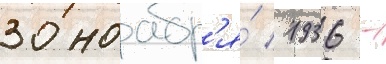
30 ноабр'я́ 1936 -